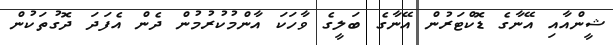
ޝީންއާއި އޭނާގެ ޑޮކްޓަރުން އޭނާގެ ބަލީގެ ވާހަކަ އާންމުކުރުމުން ދެން އެފަދަ ދޮގުތަކުން